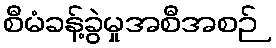
စီမံခန့်ခွဲမှုအစီအစဉ်